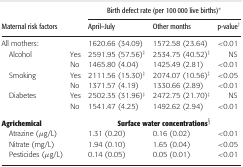
<table><thead><tr><td></td><td></td><td colspan="3"><b>Birth defect rate (per 100 000 live births)*</b></td></tr><tr><td><b>Maternal risk factors</b></td><td></td><td><b>April–July</b></td><td><b>Other months</b></td><td><b>p-value†</b></td></tr></thead><tbody><tr><td>All mothers:</td><td></td><td>1620.66 (34.09)</td><td>1572.58 (23.64)</td><td>&lt;0.01</td></tr><tr><td>Alcohol</td><td>Yes</td><td>2591.95 (57.56)‡</td><td>2534.75 (40.52)‡</td><td>NS</td></tr><tr><td></td><td>No</td><td>1465.80 (4.04)</td><td>1425.49 (2.81)</td><td>&lt;0.01</td></tr><tr><td>Smoking</td><td>Yes</td><td>2111.56 (15.30)‡</td><td>2074.07 (10.56)‡</td><td>&lt;0.05</td></tr><tr><td></td><td>No</td><td>1371.57 (4.19)</td><td>1330.66 (2.89)</td><td>&lt;0.01</td></tr><tr><td>Diabetes</td><td>Yes</td><td>2502.35 (31.96)‡</td><td>2472.75 (21.70)‡</td><td>NS</td></tr><tr><td></td><td>No</td><td>1541.47 (4.25)</td><td>1492.62 (2.94)</td><td>&lt;0.01</td></tr><tr><td><b>Agrichemical</b></td><td></td><td colspan="3"><b>Surface water concentrations</b>§</td></tr><tr><td>Atrazine (μg/L)</td><td></td><td>1.31 (0.20)</td><td>0.16 (0.02)</td><td>&lt;0.01</td></tr><tr><td>Nitrate (mg/L)</td><td></td><td>1.94 (0.10)</td><td>1.65 (0.04)</td><td>&lt;0.05</td></tr><tr><td>Pesticides (μg/L)</td><td></td><td>0.14 (0.05)</td><td>0.05 (0.01)</td><td>&lt;0.01</td></tr></tbody></table>